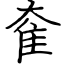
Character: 奞